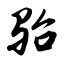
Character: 骀